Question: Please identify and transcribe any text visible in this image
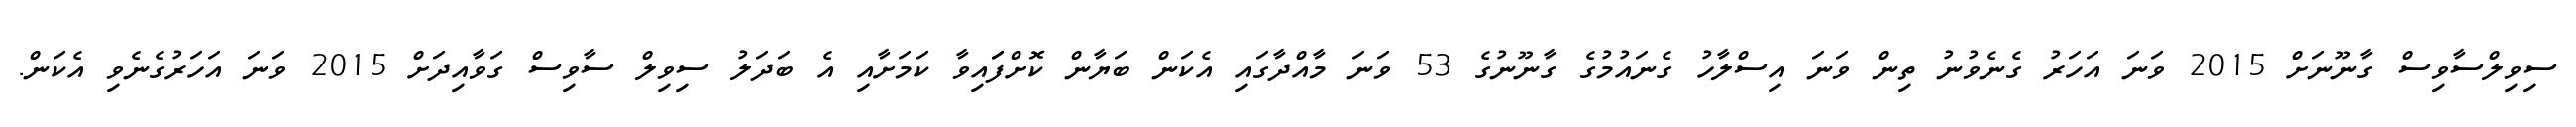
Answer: ސިވިލްސާވިސް ގާނޫނަށް 2015 ވަނަ އަހަރު ގެނެވުނު ތިން ވަނަ އިސްލާހު ގެނައުމުގެ ގާނޫނުގެ 53 ވަނަ މާއްދާގައި އެކަން ބަޔާން ކޮށްފަައިވާ ކަމަށާއި އެ ބަދަލު ސިވިލް ސާވިސް ގަވާއިދަށް 2015 ވަނަ އަހަރުގެނެވި އެކަން.